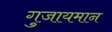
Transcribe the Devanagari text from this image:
गुजायमान